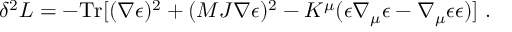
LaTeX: \delta ^ { 2 } { \cal L } = - \mathrm { T r } [ ( \nabla \epsilon ) ^ { 2 } + ( { \cal M } J \nabla \epsilon ) ^ { 2 } - K ^ { \mu } ( \epsilon \nabla _ { \mu } \epsilon - \nabla _ { \mu } \epsilon \epsilon ) ] \ .